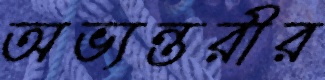
অভ্যন্তরীর